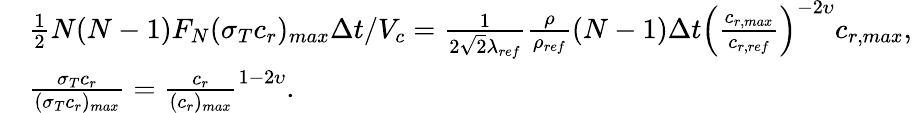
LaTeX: \begin{array}{rl}&{\frac{1}{2}N(N-1)F_{N}(\sigma_{T}c_{r})_{max}\Delta t/V_{c}=\frac{1}{2\sqrt{2}\lambda_{ref}}\frac{\rho}{\rho_{ref}}(N-1)\Delta t\left({\frac{c_{r,max}}{c_{r,ref}}}\right)^{-2\upsilon}c_{r,max},}\\ &{\frac{\sigma_{T}c_{r}}{(\sigma_{T}c_{r})_{max}}=\frac{c_{r}}{(c_{r})_{max}}^{1-2\upsilon}.}\end{array}